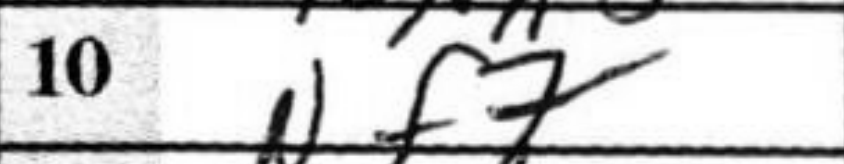
Transcription: Nf7